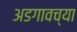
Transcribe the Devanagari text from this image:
अडगावच्या